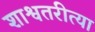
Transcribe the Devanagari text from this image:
शाश्वतरीत्या